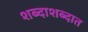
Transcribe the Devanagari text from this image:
शब्दाशब्दात